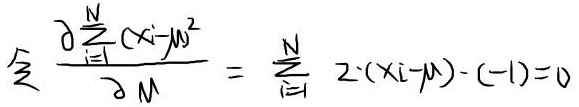
\[
令 \frac{\partial \sum_{i = 1}^{N} (x_i - \mu)^2}{\partial \mu} = \sum_{i = 1}^{N} 2 \cdot (x_i - \mu) \cdot (-1) = 0
\]